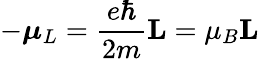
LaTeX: -{\boldsymbol{\mu}}_{L}={\frac{e\hbar}{2m}}\mathbf{L}=\mu_{B}\mathbf{L}